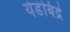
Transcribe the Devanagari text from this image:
येडंबिद्रं